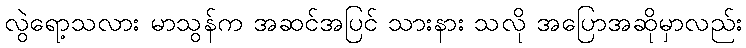
လွဲရော့သလား မာသွန်က အဆင်အပြင် သားနား သလို အပြောအဆိုမှာလည်း